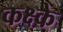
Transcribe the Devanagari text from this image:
कक्ष्के